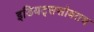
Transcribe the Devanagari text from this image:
इडियट्ससोबतच